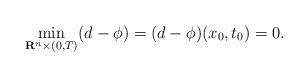
LaTeX: \begin{align*}\displaystyle\min_{\mathbf{R}^n \times (0,T)}(d-\phi)=(d-\phi)(x_0,t_0)=0.\end{align*}